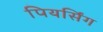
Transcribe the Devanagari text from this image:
पियर्सिंग